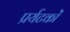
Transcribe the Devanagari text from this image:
प्रर्यटकों